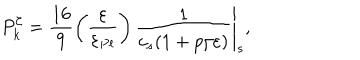
P _ { k } ^ { \zeta } = \frac { 1 6 } { 9 } \left. \left( \frac { \varepsilon } { \varepsilon _ { P l } } \right) { \frac { 1 } { c _ { s } ( 1 + p / \varepsilon ) } } \right| _ { s } ,